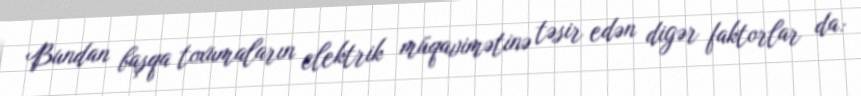
Bundan başqa toxumaların elektrik müqavimətinə təsir edən digər faktorlar da: